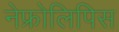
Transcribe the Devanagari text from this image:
नेफ्रोलिपिस